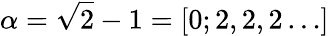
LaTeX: \alpha=\sqrt{2}-1=[0;2,2,2\ldots]